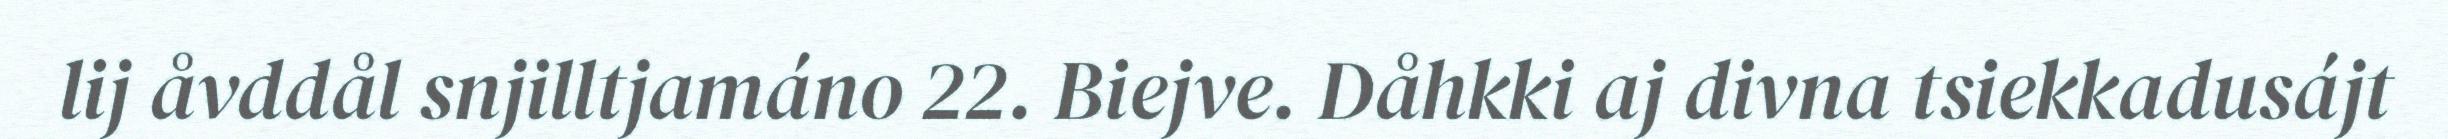
lij åvddål snjilltjamáno 22. Biejve. Dåhkki aj divna tsiekkadusájt